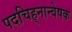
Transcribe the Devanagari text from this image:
पदचिह्‌नान्वेषक